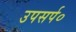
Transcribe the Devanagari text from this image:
उपसर्प०